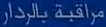
مراقبة بالرادار